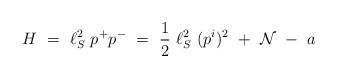
LaTeX: \begin{align*}H~=~\ell^2_S~ p^+p^- ~=~ \frac{1}{2}~\ell_S^2~ (p^i)^2 ~+~ {\cal N} ~-~ a\end{align*}